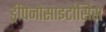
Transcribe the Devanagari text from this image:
ड्रीपेनोसाइटोसिस